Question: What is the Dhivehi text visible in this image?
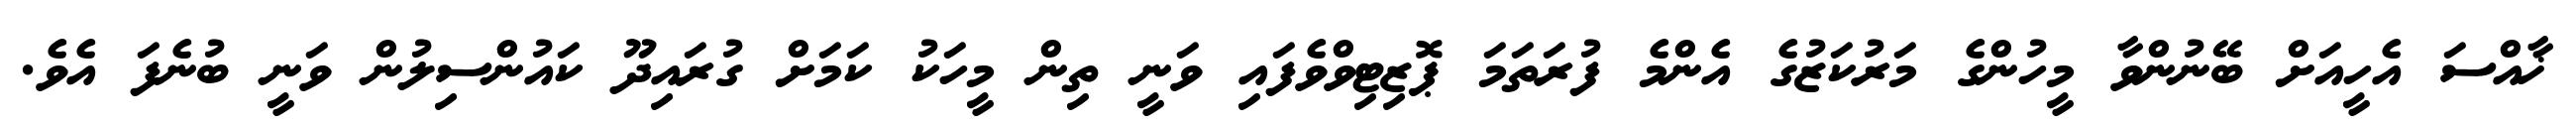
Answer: ޚާއްސަ އެހީއަށް ބޭނުންވާ މީހުންގެ މަރުކަޒުގެ އެންމެ ފުރަތަމަ ޕޮޒިޓިވްވެފައި ވަނީ ތިން މީހަކު ކަމަށް ގުރައިދޫ ކައުންސިލުން ވަނީ ބުނެފަ އެވެ.